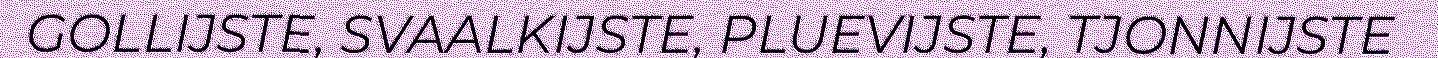
GOLLIJSTE, SVAALKIJSTE, PLUEVIJSTE, TJONNIJSTE